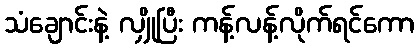
သံချောင်းနဲ့ လျှိုပြီး ကန့်လန့်လိုက်ရင်ကော